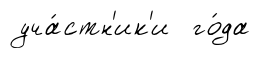
уча́стн'ик'и го́да